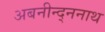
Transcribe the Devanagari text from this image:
अबनीन्द्ननाथ